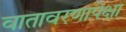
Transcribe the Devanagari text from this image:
वातावरणापेक्षा